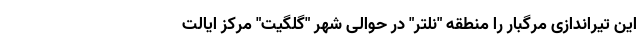
این تیراندازی مرگبار را منطقه "نلتر" در حوالی شهر "گلگیت" مرکز ایالت